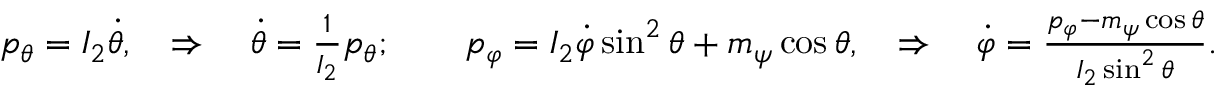
\begin{array} { r } { p _ { \theta } = I _ { 2 } \dot { \theta } , \quad \Rightarrow \quad \dot { \theta } = \frac { 1 } { I _ { 2 } } p _ { \theta } ; \qquad p _ { \varphi } = I _ { 2 } \dot { \varphi } \sin ^ { 2 } \theta + m _ { \psi } \cos \theta , \quad \Rightarrow \quad \dot { \varphi } = \frac { p _ { \varphi } - m _ { \psi } \cos \theta } { I _ { 2 } \sin ^ { 2 } \theta } . } \end{array}